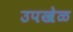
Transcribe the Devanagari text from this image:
उपखेळ